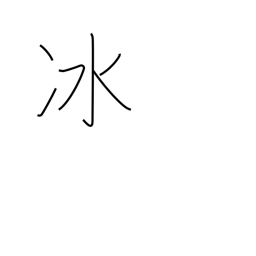
Meaning: hail